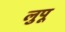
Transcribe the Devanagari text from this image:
लुपू